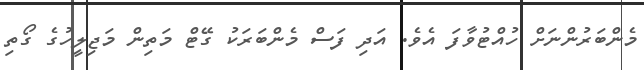
މެންބަރުންނަށް ހުއްޓުވާފަ އެވެ. އަދި ފަސް މެންބަރަކު ގޭޓް މަތިން މަޖިލީހުގެ ގޯތި